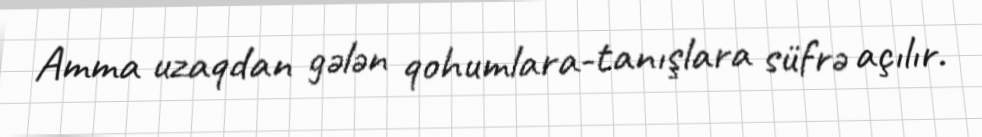
Amma uzaqdan gələn qohumlara-tanışlara süfrə açılır.